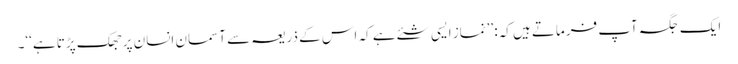
ایک جگہ آپ فرماتے ہیں کہ: ’’نماز ایسی شئے ہے کہ اس کے ذریعہ سے آسمان انسان پر جھک پڑتا ہے‘‘۔